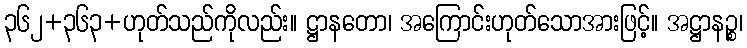
၃၆၂+၃၆၃+ဟုတ်သည်ကိုလည်း။ ဋ္ဌာနတော၊ အကြောင်းဟုတ်သောအားဖြင့်။ အဋ္ဌာနဉ္စ၊